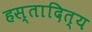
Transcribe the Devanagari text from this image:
हस्तादित्य